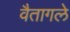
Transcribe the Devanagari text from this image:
वैतागले